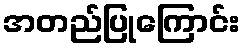
အတည်ပြုကြောင်း